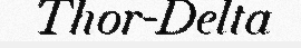
Thor-Delta